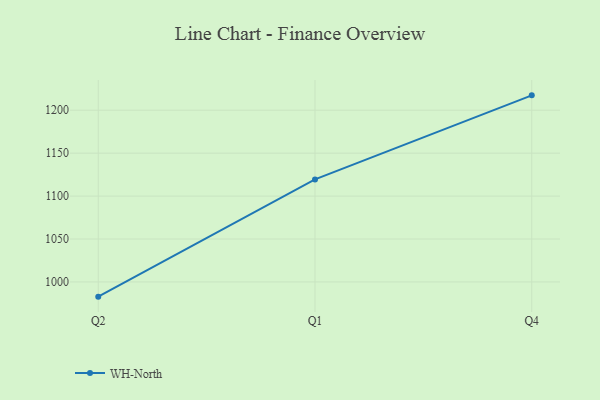
{"axis": {"x": "Quarter", "y": "Shipments"}, "legend": ["WH-North"], "data": [{"x": "Q2", "y": 982.9, "type": "WH-North"}, {"x": "Q1", "y": 1119.4, "type": "WH-North"}, {"x": "Q4", "y": 1217.3, "type": "WH-North"}]}